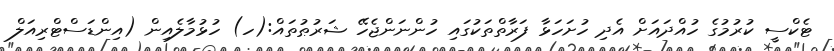
ޓެކްސީ ކުރުމުގެ ހުއްދައަށް އެދި ހުށަހަޅާ ފަރާތްތަކުގައި ހުންނަންޖެހޭ ޝަރުޠުތައް:(ހ) ހުޅުމާލެއިން (އިންޑަސްޓްރިއަލް